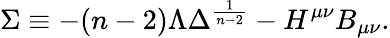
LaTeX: \Sigma\equiv-(n-2)\Lambda\Delta^{\frac{1}{n-2}}-H^{\mu\nu}B_{\mu\nu}.